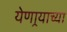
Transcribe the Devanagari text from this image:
येणार्‍याच्या